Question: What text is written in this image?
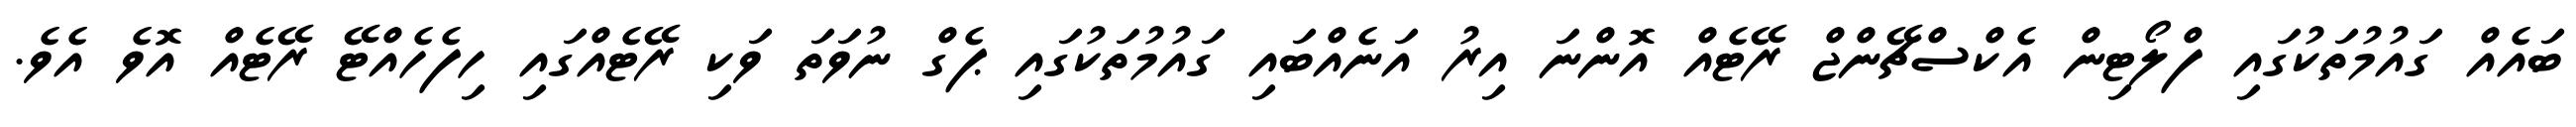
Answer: ބައެއް ގައުމުތަކުގައި ފްލޯޓިން އެކްސްޗޭންޖް ރޭޓެއް އޮންނަ އިރު އަނެއްބައި ގައުމުތަކުގައި ޕެގް ނުވަތަ ވަކި ރޭޓެއްގައި ހިފެހެއްޓޭ ރޭޓެއް އޮވެ އެވެ.